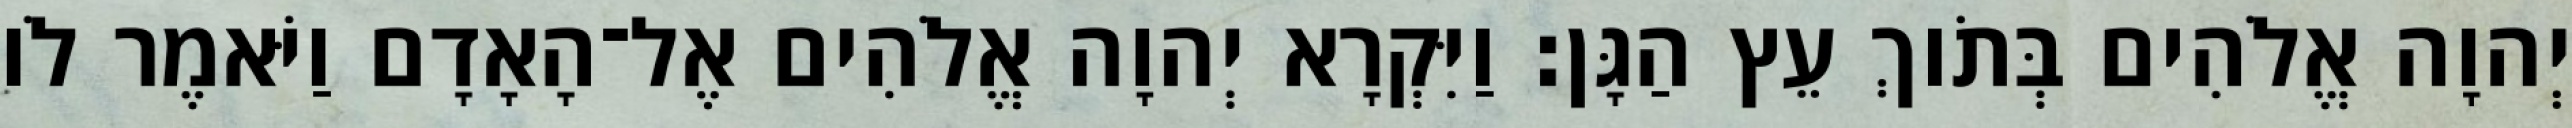
יְהוָה אֱלֹהִים בְּתֹוךְ עֵץ הַגָּן׃ וַיִּקְרָא יְהוָה אֱלֹהִים אֶל־הָאָדָם וַיֹּאמֶר לֹו